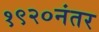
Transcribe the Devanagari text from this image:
१९२०नंतर